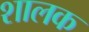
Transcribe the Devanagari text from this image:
शालक